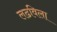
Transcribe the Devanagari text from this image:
लढविला